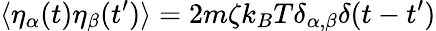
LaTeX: \langle\eta_{\alpha}(t)\eta_{\beta}(t^{\prime})\rangle={2m\zeta k_{B}T\delta_{\alpha,\beta}\delta(t-t^{\prime})}